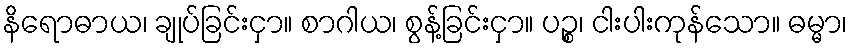
နိရောဓာယ၊ ချုပ်ခြင်းငှာ။ စာဂါယ၊ စွန့်ခြင်းငှာ။ ပဉ္စ၊ ငါးပါးကုန်သော။ ဓမ္မာ၊